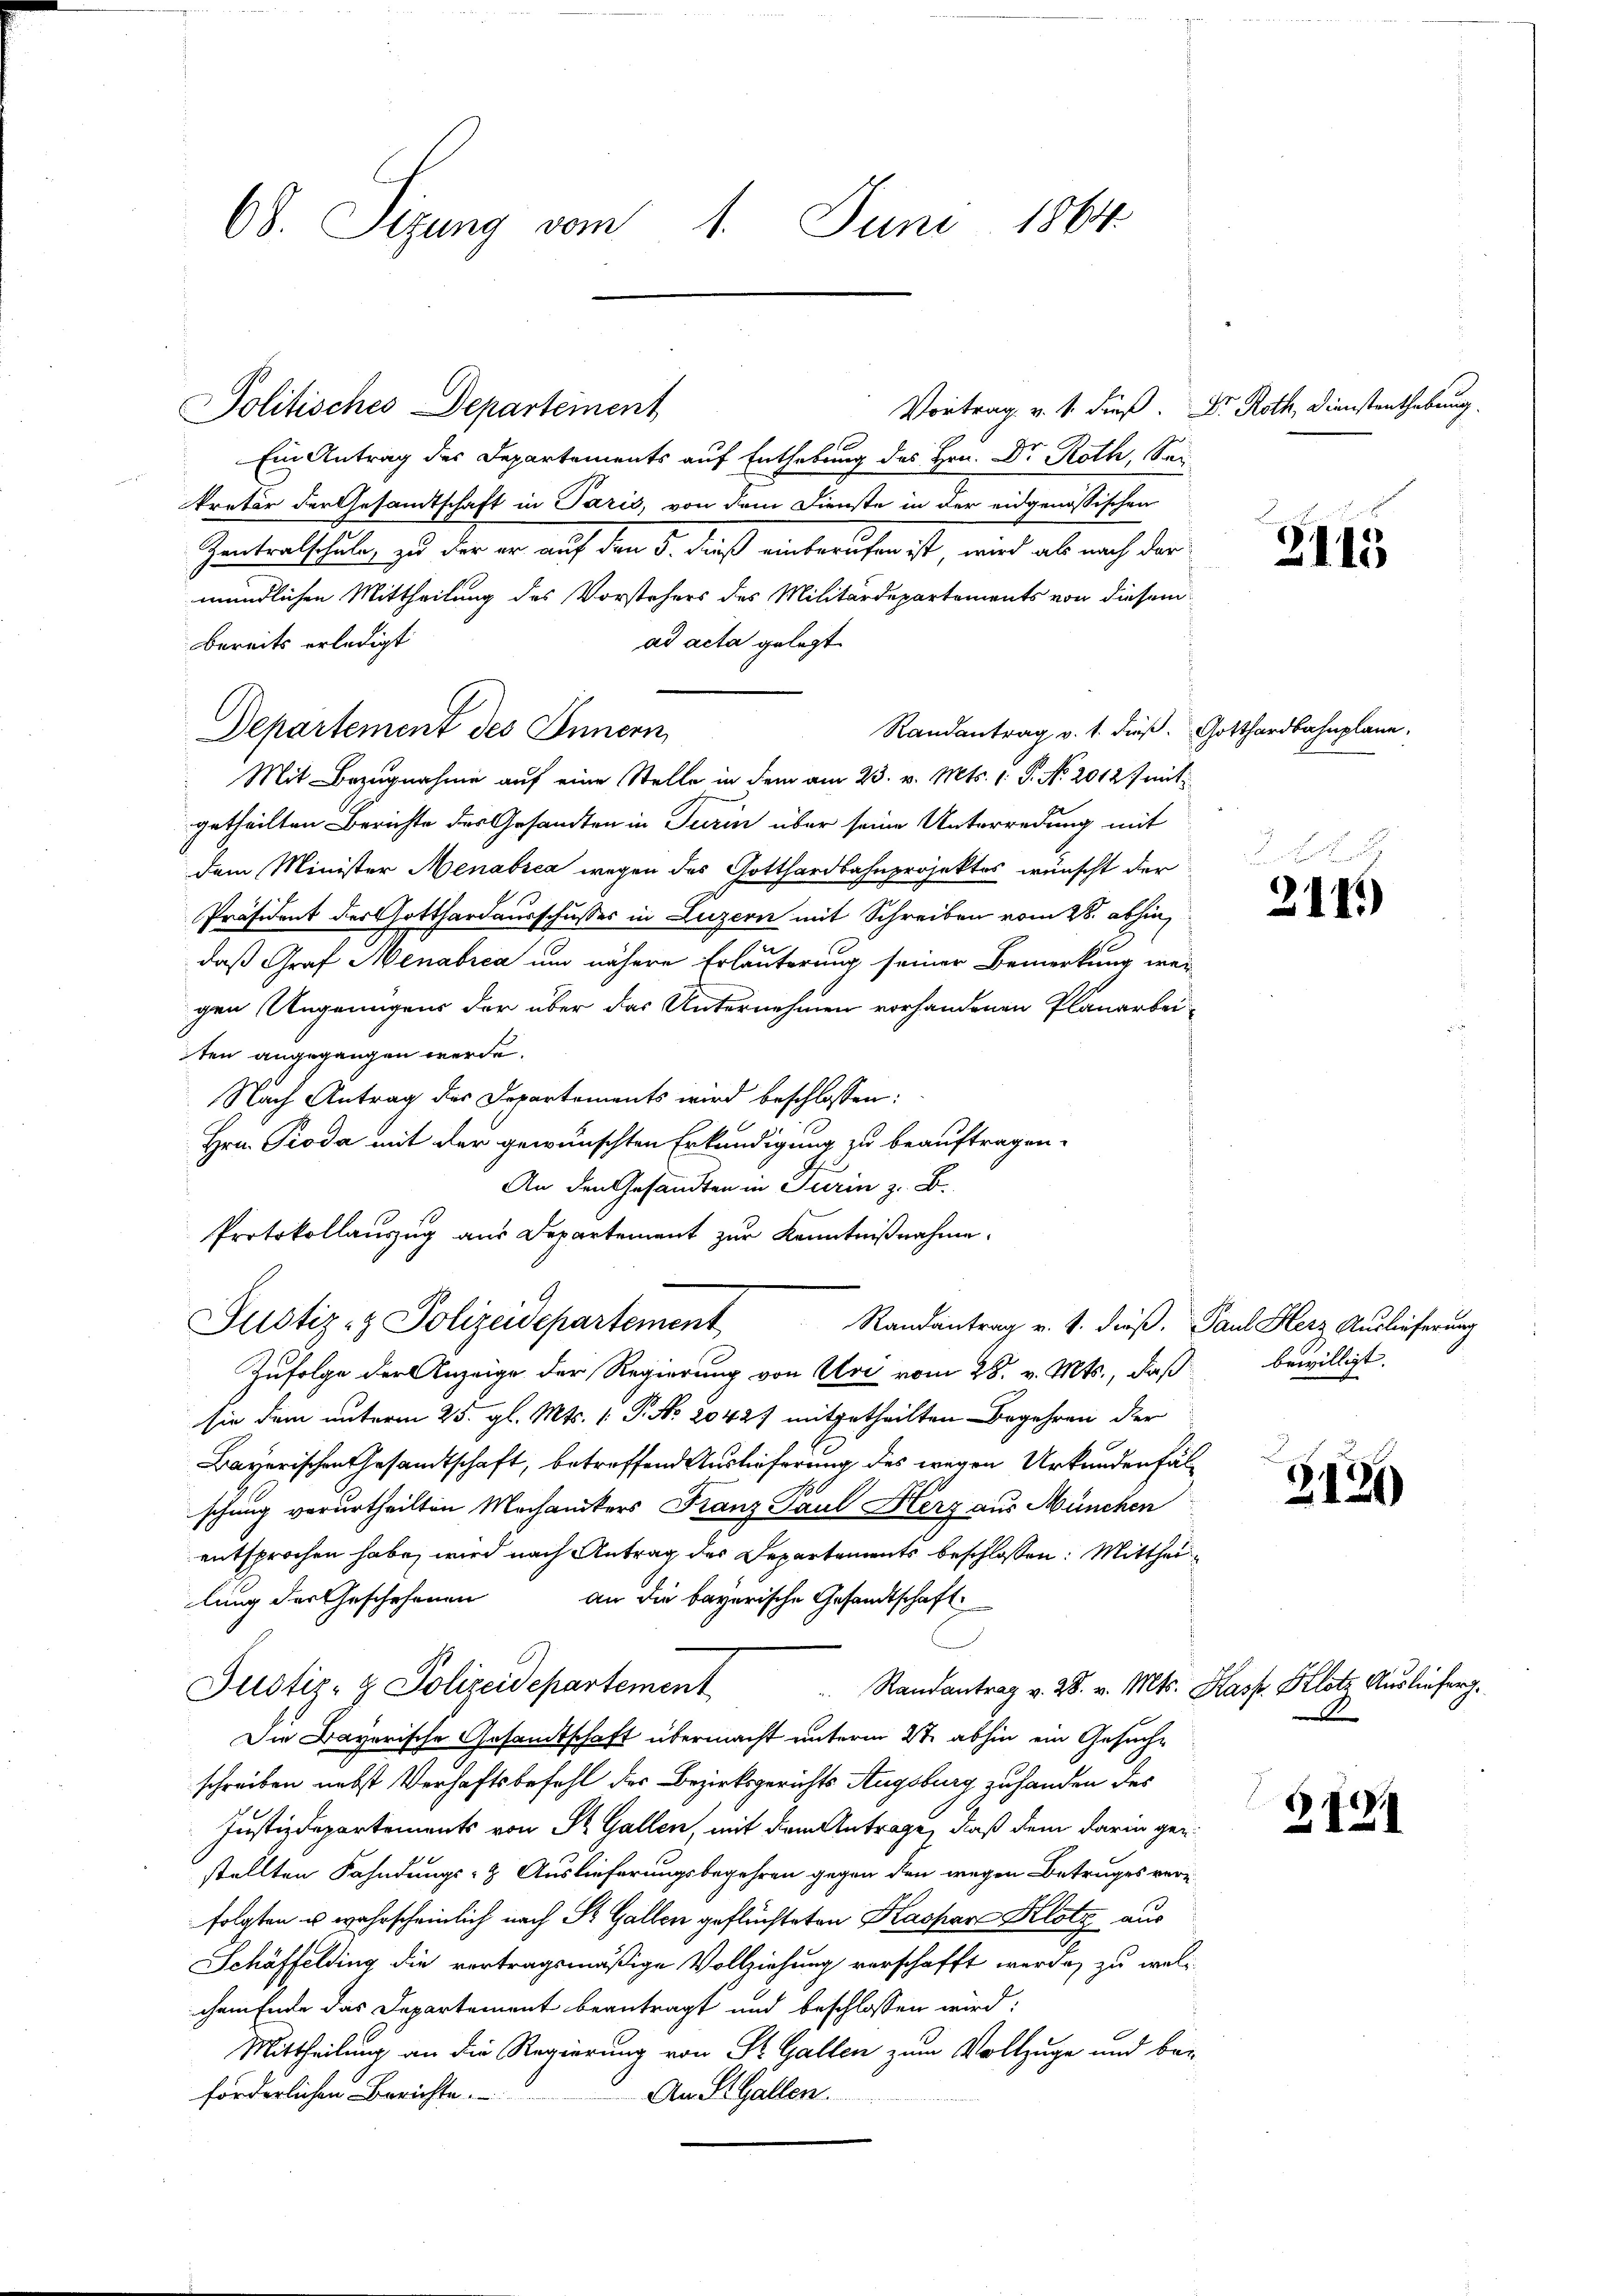
68. Sizung vom 1. Juni 1864

Ein Antrag des Departements auf Enthebung des Hrn. Dr Roth, Sei
n
kretär der Gesandtschaft in Paris, von dem Dienste in der eidgenössischen
Zentralschule, zu der er auf den 5. dieß einberufen ist, wird ab nach der
mündlichen Mittheilung des Vorstehers des Militärdepartements von diesem
ad acta gelegt.
bereits erledigt
Randantrag v. 1. dieß. Gotthardbahnplane.
Departement des Innern
Mit Bezugnahme auf eine Stelle in dem am 23. v. Mts. 1. P. No 2012 f mit
getheilten Berichte des Gesandten in Turin über seine Unterredung mit
dem Minister Menabrea wegen des Gotthardbahnprojektes wünscht der
Präsident der Gotthardausschusses in Luzern mit Schreiben vom 28. abhin
daß Graf Menabrea um nähere Erläuterung seiner Bemerkung wer
gen Ungenügens der über das Unternehmen vorhandenen Planarbei-
ten angegangen werde.
Nach Antrag des Departements wird beschlossen:
Hrn. Pioda mit der gewünschten Erkundigung zu beauftragen.
An den Gesandten in Turin z. B.
Protokollauszug aus Departement zur Kenntnißnahme.
Justiz- & Polizeidepartement
Randantrag v. 1. dieß. Paul Herz Auslieferung
Zufolge der Anzeige der Regierung von Uri vom 28. v. Mts., daß bewilligt.
sie dem unterm 25. gl. Mts. (: P. Nr. 20427 mitgetheilten Begehren der
Bayerischen Gesandtschaft, betreffend Auslieferung des wegen Urkundenfälschung verurtheilten Mochanikers Franz Paul Herz aus München
entsprochen habe, wird nach Antrag des Departements beschlossen: Mittheilung der Geschehenen an die bayerische Gesandtschaft
Randantrag v. 28. v. Mts. Kasp. Klotz Auslieferg¬
Justiz- & Polizeidepartement
Die Bayerische Gesandtschaft übermacht unterm 2te abhin ein Gesuche
schreiben nebst Verhaftsbefehl des Bezirksgerichts Augsburg zu handen des
Justizdepartements von St. Gallen, mit dem Antrage, daß dem darin gen
stellten Fahndungs- & Auslieferungsbegehren gegen den wegen Betruges ver-
folgten u wahrscheinlich nach St. Gallen geflüchteten Kaspare Klotz aus
Schäffelding die vertragsmäßige Vollziehung verschafft werde, zu welc
chem Ende das Departement beantragt und beschlossen wird:
Mittheilung an die Regierung von St. Gallen zum Vollzuge und be-
forderlichen Berichte
An L. Gallen.

Politisches Departement

Vortrag v. 1. dieß Dr. Roth, Dienstenthebung.

3145

2115)

G131)

2124